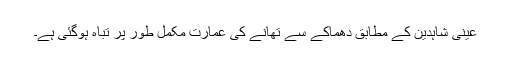
عینی شاہدین کے مطابق دھماکے سے تھانے کی عمارت مکمل طور پر تباہ ہوگئی ہے۔